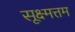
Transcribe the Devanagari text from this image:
सूक्ष्मत्तम